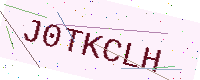
Text: J0TKCLH